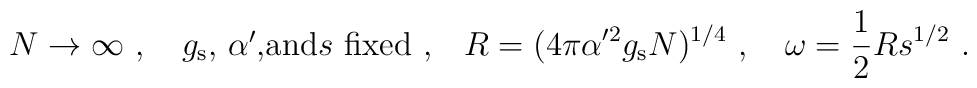
N \to \infty\ ,\quad\mbox{$g_{\rm s}$, $\alpha'$,and$s$ fixed\ ,}\quad R = (4\pi \alpha'^2 g_{\rm s} N)^{1/4}\ ,\quad \omega = \frac{1}{2}Rs^{1/2} \ .